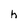
Character: h